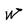
Character: e